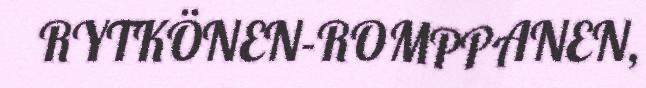
RYTKÖNEN-ROMPPANEN,